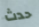
حدث